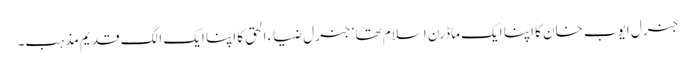
جنرل ایوب خان کا اپنا ایک ماڈرن اسلام تھا‘ جنرل ضیاء الحق کا اپنا ایک الگ قدیم مذہب۔